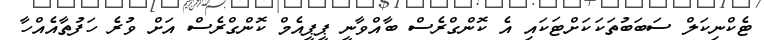
ޓެކްނިކަލް ސަބަބުތަކަކަށްޓަކައި އެ ކޮންގްރެސް ބާއްވާނީ ޕީޕީއެމް ކޮންގްރެސް އަށް ވުރެ ހަފުތާއެއްހާ